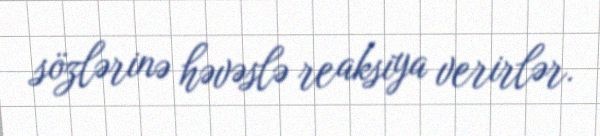
sözlərinə həvəslə reaksiya verirlər.